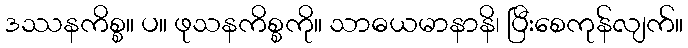
ဒဿနကိစ္စ။ ပ။ ဖုသနကိစ္စကို။ သာဓယမာနာနိ၊ ပြီးစေကုန်လျက်။